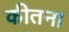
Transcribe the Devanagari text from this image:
कीतना